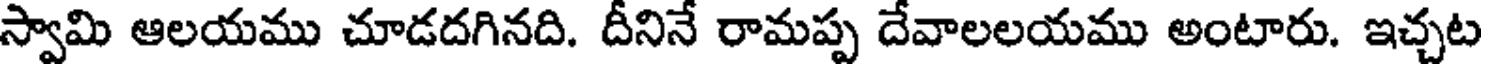
స్వామి ఆలయము చూడదగినది. దీనినే రామప్ప దేవాలలయము అంటారు. ఇచ్చట